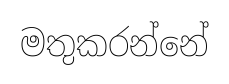
මතුකරන්නේ